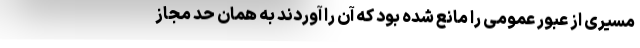
مسیری از عبور عمومی را مانع شده بود که آن را آوردند به همان حد مجاز